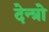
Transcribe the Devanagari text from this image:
देन्त्रो